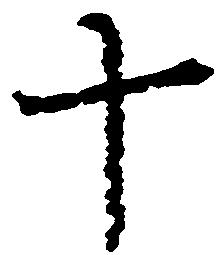
十